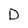
Character: D